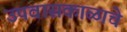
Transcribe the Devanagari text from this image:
उपवासकाळाचे